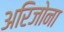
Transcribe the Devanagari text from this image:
अरिजोना